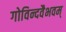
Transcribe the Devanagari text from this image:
गोविन्दवैभवम्